Civil Veterinary Department. Central Provinces & Berar 1925-31 - 1925-1931
Year: 1925
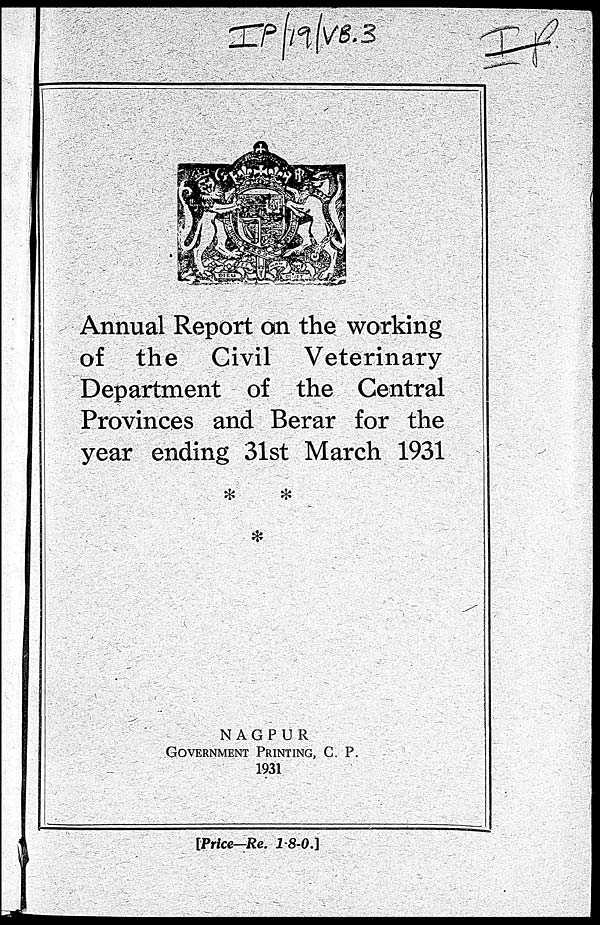
Annual Report on the working
of the Civil Veterinary
Department of the Central
Provinces and Berar for the
year ending 31st March 1931
NAGPUR
GOVERMENT PRINTING, C. P.
1931
[Price—Re. 1-8-0.]